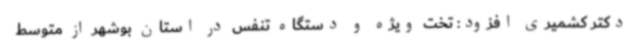
دکتر کشمیری افزود: تخت ویژه و دستگاه تنفس در استان بوشهر از متوسط